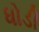
ધોડી